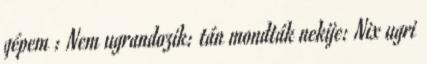
gépem : Nem ugrandozik: tán mondták nekije: Nix ugri